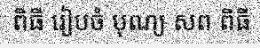
ពិធី រៀបចំ បុណ្យ សព ពិធី